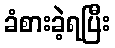
ခံစားခဲ့ရပြီး